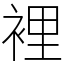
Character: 裡